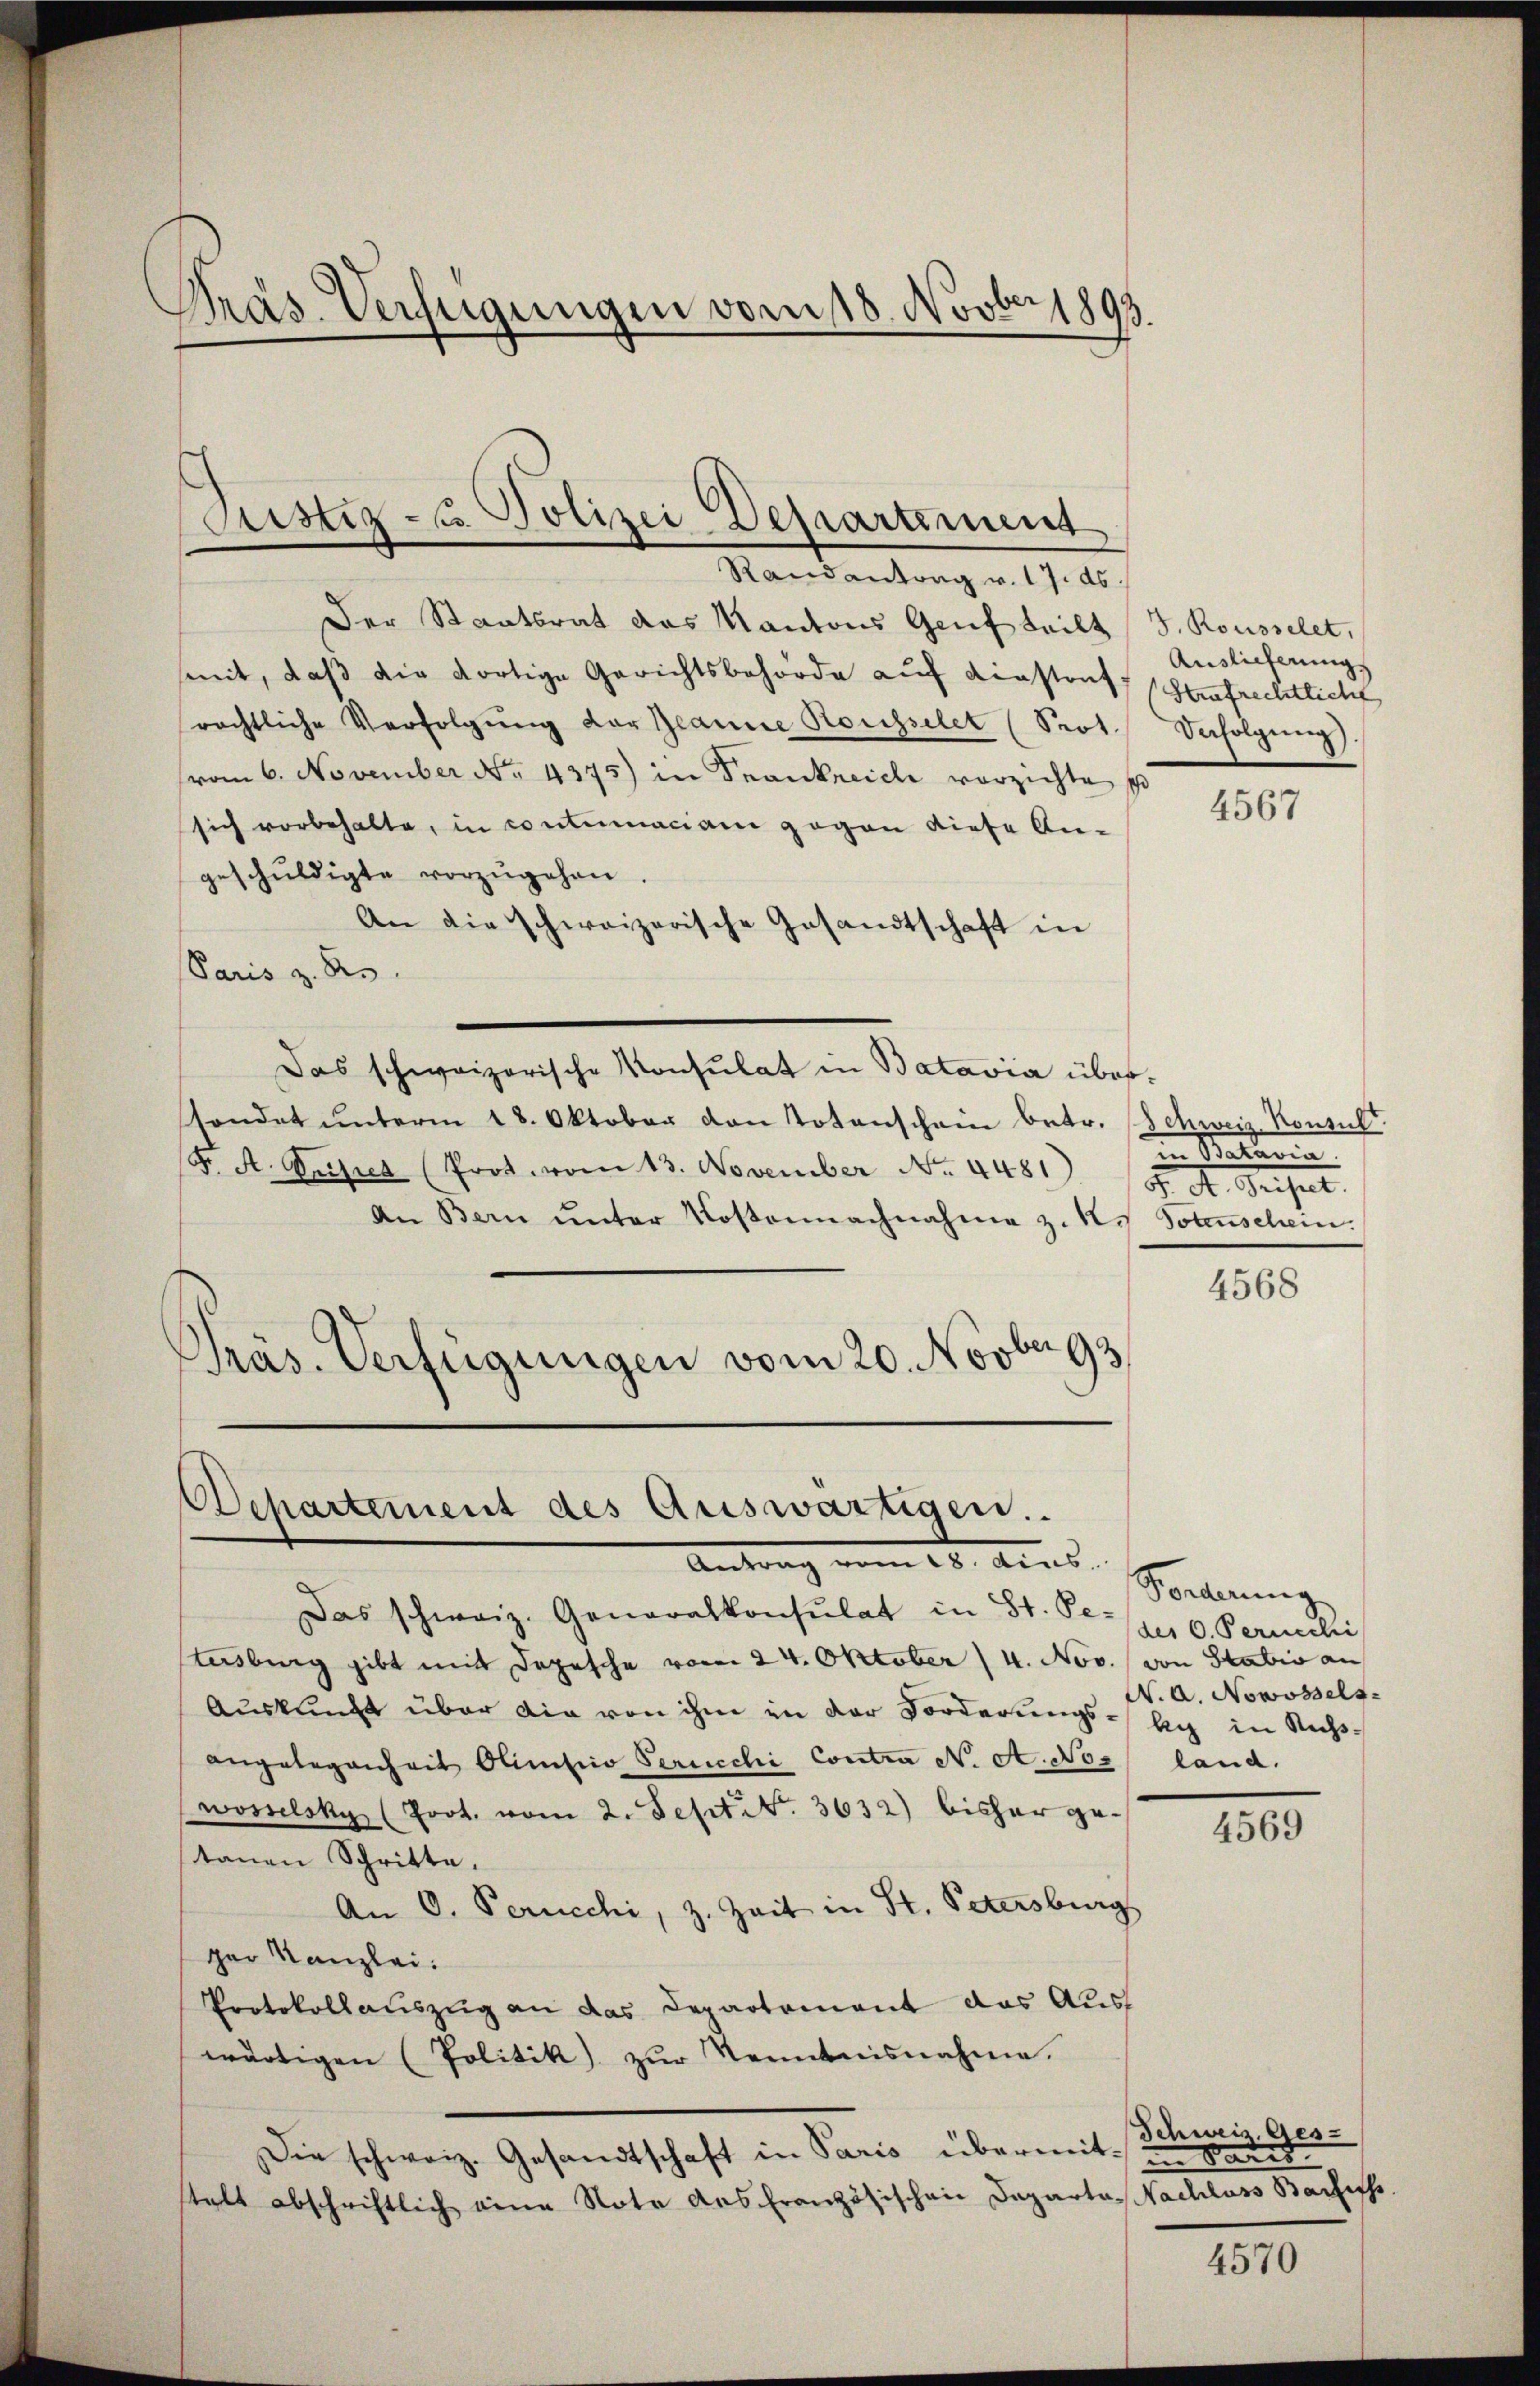
Präs. Verfügungen vom 18. Novber 1893.

Der Staatsrat das Kantons Genf teilt J. Rousselet,
mit, daß die dortige Gerichtsbehörde auf einstrats (Strafrechtliche
rechtliche Verfolgŭng der Beanne Rousselet (Prot. Verfolgŭng).
(vom 6. November No. 4375) in Frankreich verzichte p
sich vorbehalte, in contumaciam gegen diese An-
geschŭldigte vorzŭgehen.
An die schweizerische Gesandtschaft in
Paris z. B.
Das schweizerische Konsulat in Batavia übersendet ŭnterm 18. Oktober von Totenschein betr. (Schweiz. Konsult
F. A. Veisrea (Prot. vom 13. November No. 4481)
An Bern ŭnter Kostennachnahme z. K. Totenschein.
Präs. Verfügungen vom 20. Novbergs

Justiz- u. Polizei Departement
Randantrag v. 17. ds

Departement des Auswärtigen.
Antrag vom 26. Ains. Sonderung

Das schweiz. Generalkonsulat in St. Pe-
tasburg gibt mit Depesche vom 24. Oktober (4. Nov. von Statio an
Auskunft über die von ihm in der Forderŭngs-Ag in Rich-
angelegenheit Olimitiio Serucchi Contra N. A. Noz land.
wosselsky, (Poot. vom 2. Sept No. 3632) bisher getanen Schritte,
An O. Perucchi, z. Zeit in St. Petersburg
ger Kanzlei:
Protokollauszug an das Departement das Ausf
wärtigen (Politik zur Kenntnisnahme.
Die schweiz. Gesandtschaft in Paris übermit Pans
stalt abschriftlich eine Note des französischen Departe, Nachluss Bachiss.

Auslieferung

4567

Nataria
. A. Dersel

4568

des 0. Peruechi
W. A. Nowossels

4569

Schweiz. Ges

4570